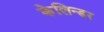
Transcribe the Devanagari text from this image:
केलिन्डर